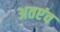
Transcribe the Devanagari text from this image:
अतएंव